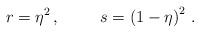
LaTeX: \begin{align*}r = \eta^{2} \, , \hspace{1cm} s = \left(1-\eta\right)^{2} \, .\end{align*}